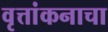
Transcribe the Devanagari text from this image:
वृत्तांकनाचा